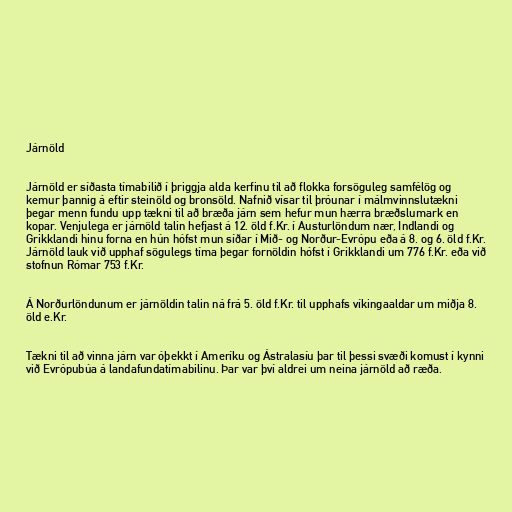
Járnöld

Járnöld er síðasta tímabilið í þriggja alda kerfinu til að flokka forsöguleg samfélög og
kemur þannig á eftir steinöld og bronsöld. Nafnið vísar til þróunar í málmvinnslutækni
þegar menn fundu upp tækni til að bræða járn sem hefur mun hærra bræðslumark en
kopar. Venjulega er járnöld talin hefjast á 12. öld f.Kr. í Austurlöndum nær, Indlandi og
Grikklandi hinu forna en hún hófst mun síðar í Mið- og Norður-Evrópu eða á 8. og 6. öld f.Kr.
Járnöld lauk við upphaf sögulegs tíma þegar fornöldin hófst í Grikklandi um 776 f.Kr. eða við
stofnun Rómar 753 f.Kr.

Á Norðurlöndunum er járnöldin talin ná frá 5. öld f.Kr. til upphafs víkingaaldar um miðja 8.
öld e.Kr.

Tækni til að vinna járn var óþekkt í Ameríku og Ástralasíu þar til þessi svæði komust í kynni
við Evrópubúa á landafundatímabilinu. Þar var því aldrei um neina járnöld að ræða.